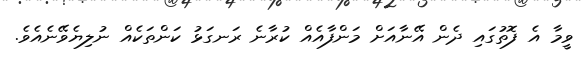
ވީމާ އެ ފޮތުގައި ދެން އޭނާއަށް މަންފާއެއް ކުރާނެ ރަނގަޅު ކަންތަކެއް ނުލިޔެވޭނެއެވެ.